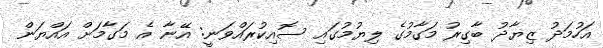
އަހުމަދު ޒިޔާދު ބާގިރު މަގާމުގެ ލިޔުމުގައި ސޮއިކުރައްވަނީ: އޭނާ އެ މަގާމަށް އައްޔަން